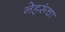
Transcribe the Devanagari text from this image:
नेहरूंचा